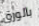
بالورق